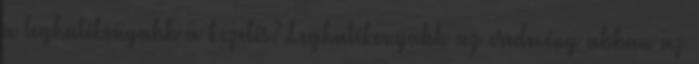
a leghatékonyabb a kezelés? Leghatékonyabb az eredmény abban az